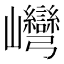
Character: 𡿞